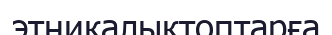
этникалыктоптарға